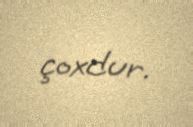
çoxdur.